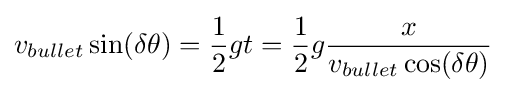
v_{bullet}\sin(\delta \theta )={\frac {1}{2}}gt={\frac {1}{2}}g{\frac {x}{v_{bullet}\cos(\delta \theta )}}